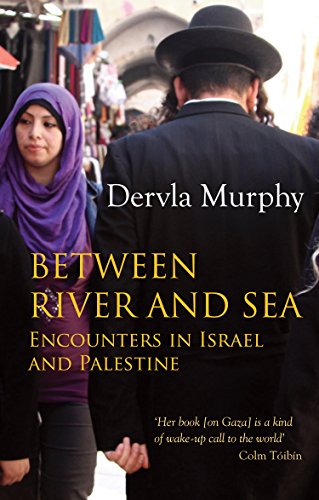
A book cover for Between River and Sea: Encounters in Israel and Palestine; Dervla Murphy; Travel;